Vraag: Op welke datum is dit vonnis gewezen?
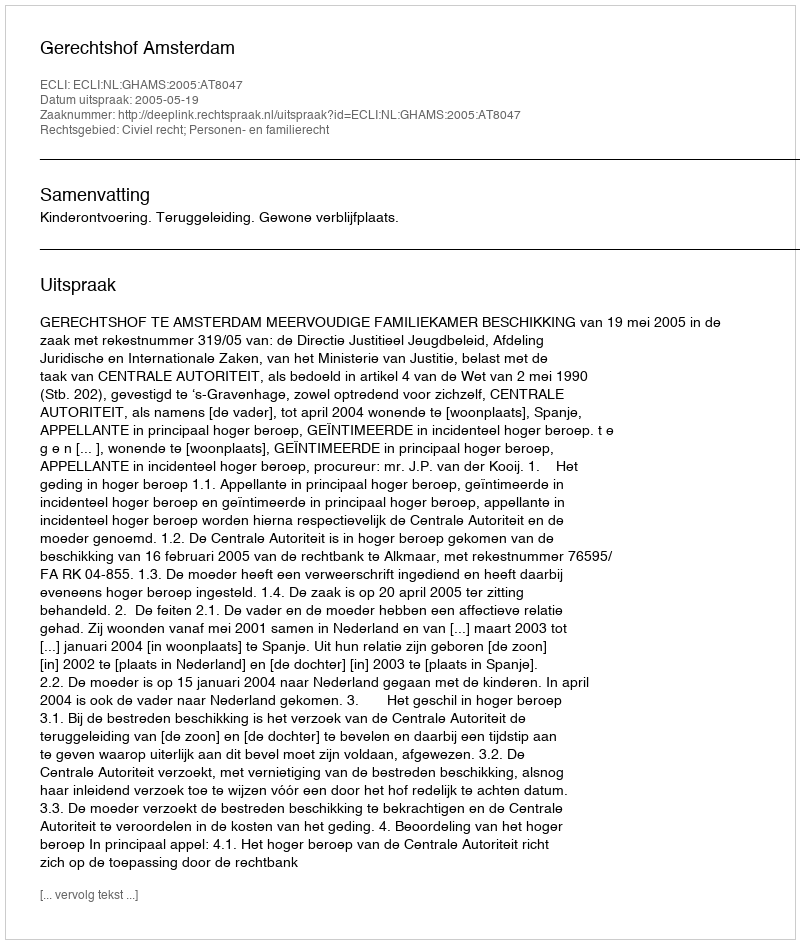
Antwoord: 2005-05-19